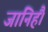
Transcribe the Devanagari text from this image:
जानिहैं।